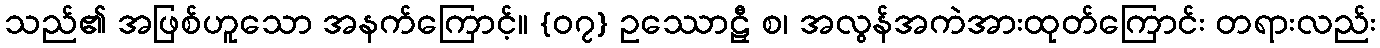
သည်၏ အဖြစ်ဟူသော အနက်ကြောင့်။ {၀၇} ဥဿောဠှီ စ၊ အလွန်အကဲအားထုတ်ကြောင်း တရားလည်း